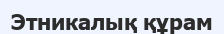
Этникалық құрам